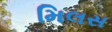
મિલસ